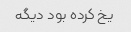
یخ کرده بود دیگه